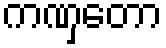
ကဏှတော